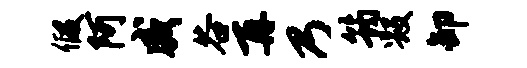
假阿威谷再乃筠毁卸